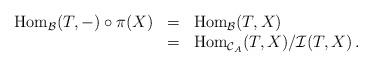
LaTeX: \begin{align*} \begin{array}{rcl} {\rm Hom}_{\mathcal B}(T,-) \circ \pi(X) & = & {\rm Hom}_{\mathcal B}(T,X)\\ & = & {\rm Hom}_{\mathcal C_A}(T,X)/\mathcal I(T,X)\,. \end{array} \end{align*}